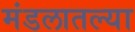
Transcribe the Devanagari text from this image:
मंडलातल्या